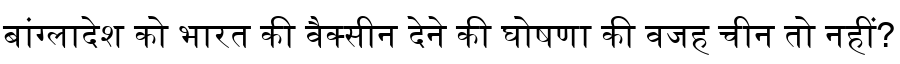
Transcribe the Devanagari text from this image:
बांग्लादेश को भारत की वैक्सीन देने की घोषणा की वजह चीन तो नहीं?